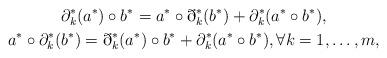
LaTeX: \begin{gather*}\partial_k^*(a^*) \circ b^* = a^* \circ \eth_k^*(b^*) + \partial_k^*(a^* \circ b^*), \\ a^* \circ \partial_k^*(b^*) = \eth_k^*(a^*) \circ b^* + \partial_k^*(a^* \circ b^*), \forall k=1, \dots, m,\end{gather*}